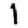
Digit: 1